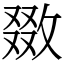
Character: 敪